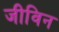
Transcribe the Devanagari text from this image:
जीविन